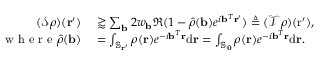
\begin{array} { r l } { ( \mathcal { S } \rho ) ( \mathbf { r } ^ { \prime } ) } & { { } \gtrapprox \sum _ { \mathbf { b } } 2 w _ { \mathbf { b } } \Re ( 1 - \hat { \rho } ( \mathbf { b } ) e ^ { i \mathbf { b } ^ { T } \mathbf { r } ^ { \prime } } ) \triangleq ( \mathcal { T } \rho ) ( \mathrm { r } ^ { \prime } ) , } \\ { \mathrm { ~ w ~ h ~ e ~ r ~ e ~ } \hat { \rho } ( \mathbf { b } ) } & { { } = \int _ { \mathbb { S } _ { \mathbf { r } ^ { \prime } } } \rho ( \mathbf { r } ) e ^ { - i \mathbf { b } ^ { T } \mathbf { r } } \mathrm { d } \mathbf { r } = \int _ { \mathbb { S } _ { \mathbf { 0 } } } \rho ( \mathbf { r } ) e ^ { - i \mathbf { b } ^ { T } \mathbf { r } } \mathrm { d } \mathbf { r } . } \end{array}